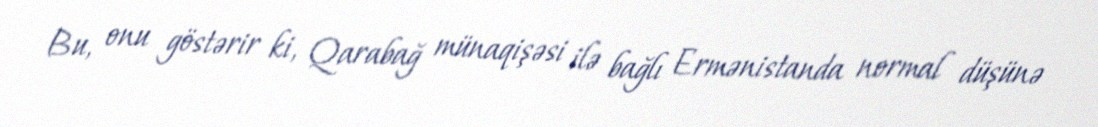
Bu, onu göstərir ki, Qarabağ münaqişəsi ilə bağlı Ermənistanda normal düşünə